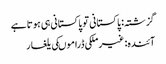
گزشتہ: پاکستانی تو پاکستانی ہی ہوتا ہے
آئندہ: غیرملکی ڈراموںکی یلغار